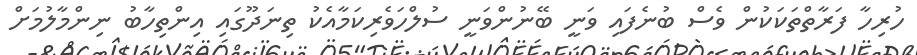
ހުރިހާ ފަރާތްތަކަކުން ވެސް ބުނެފައި ވަނީ ބޭނުންވަނީ ސުލްހަވެރިކަމާއެކު ތިނަދޫގައި އިންތިހާބު ނިންމާލުމަށް